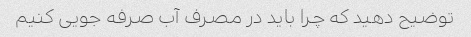
توضیح دهید که چرا باید در مصرف آب صرفه جویی کنیم